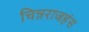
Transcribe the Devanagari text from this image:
चिन्नराजहंस